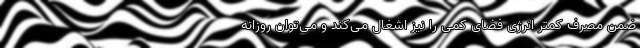
ضمن مصرف کمتر انرژی فضای کمی را نیز اشغال می‌کند و می‌توان روزانه